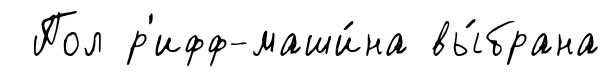
Пол р'ифф-маши́на вы́брана